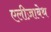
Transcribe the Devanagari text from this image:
एलीज़ाबेथ